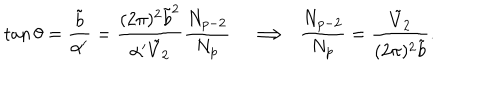
\tan \theta = \frac { \tilde { b } } { \alpha ^ { \prime } } = \frac { ( 2 \pi ) ^ { 2 } \tilde { b } ^ { 2 } } { \alpha ^ { \prime } \tilde { V } _ { 2 } } \frac { N _ { p - 2 } } { N _ { p } } \Longrightarrow \ \ \frac { N _ { p - 2 } } { N _ { p } } = \frac { \tilde { V } _ { 2 } } { ( 2 \pi ) ^ { 2 } \tilde { b } } .